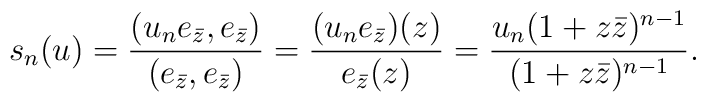
s_n(u)=\frac{(u_ne_{\bar z},e_{\bar z})}{(e_{\bar z},e_{\bar z})}=\frac{(u_ne_{\bar z})(z)}{e_{\bar z}(z)}=\frac{u_n(1+z\bar z)^{n-1}}{(1+z\bar z)^{n-1}}.